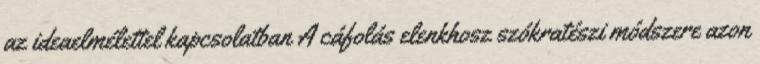
az ideaelmélettel kapcsolatban A cáfolás elenkhosz szókratészi módszere azon